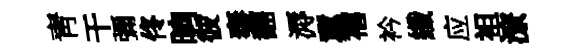
靑干彌佟晌彼奉翻溽冀禧衿纖应袒潦